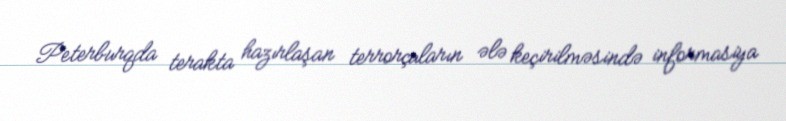
Peterburqda terakta hazırlaşan terrorçuların ələ keçirilməsində informasiya